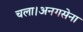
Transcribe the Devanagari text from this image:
चला।अनगसेना